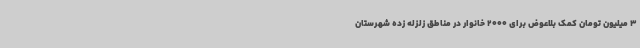
3 میلیون تومان کمک بلاعوض برای 2000 خانوار در مناطق زلزله زده شهرستان